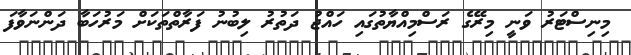
މިނިސްޓަރު ވަނީ މިރޭގެ ރަސްމިއްޔާތުގައި ހައްޖު ދަތުރު ލިބުނު ފަރާތްތަކަށް މަރުހަބާ ދަންނަވާފަ